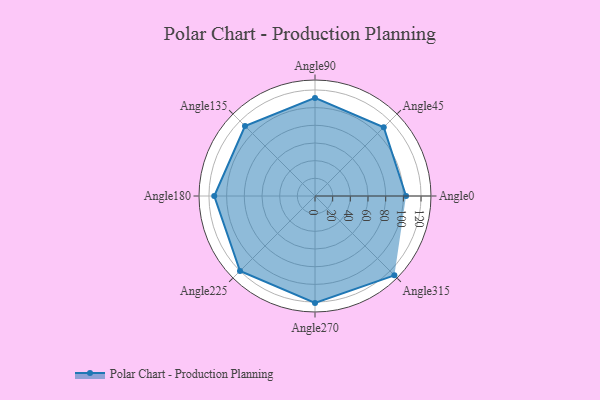
{"axis": {"x": "Angle", "y": "Radius"}, "legend": [""], "data": [{"x": "Angle0", "y": 103.0, "type": ""}, {"x": "Angle45", "y": 110.0, "type": ""}, {"x": "Angle90", "y": 111.0, "type": ""}, {"x": "Angle135", "y": 112.0, "type": ""}, {"x": "Angle180", "y": 114.0, "type": ""}, {"x": "Angle225", "y": 120.0, "type": ""}, {"x": "Angle270", "y": 121.0, "type": ""}, {"x": "Angle315", "y": 127.0, "type": ""}]}